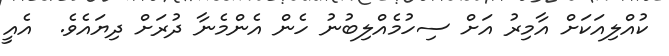
ކުއްލިއަކަށް އާމިރު އަށް ސިހުމެއްލިބުނު ހެން އެންމެނާ ދުރަށް ދިޔައެވެ.  އެއީ